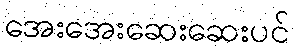
အေးအေးဆေးဆေးပင်